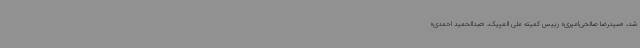
شد، «سیدرضا صالحی‌امیری» رییس کمیته ملی المپیک، «عبدالحمید احمدی»